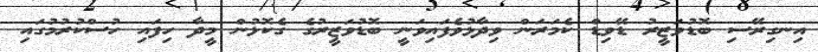
އިނގިރޭސި ބޮޑުވަޒީރު ޑޭވިޑް ކެމަރަން ވިދާޅުވެފައިވަނީ ބޮޑުވަޒީރުގެ ގެކޮޅުން މީދާ ހިފައި ހުސްކުރުމުގައި